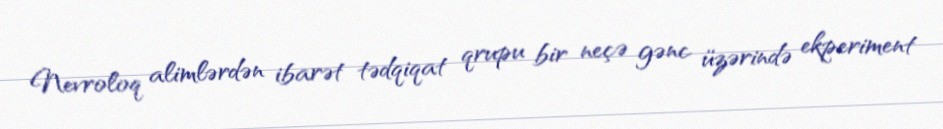
Nevroloq alimlərdən ibarət tədqiqat qrupu bir neçə gənc üzərində ekperiment